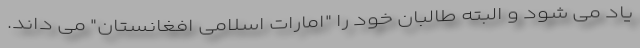
یاد می شود و البته طالبان خود را "امارات اسلامی افغانستان" می داند.